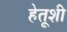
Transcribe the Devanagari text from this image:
हेतूशी